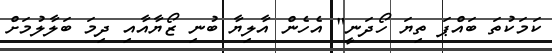
ކަމަކުތަ ބައްޕަ ތިޔަ ހޯދަނީ" އެހެން އާލިޔާ ބުނި ޒޯޔާއާއި ދިމަ ބަލާލުމަށް